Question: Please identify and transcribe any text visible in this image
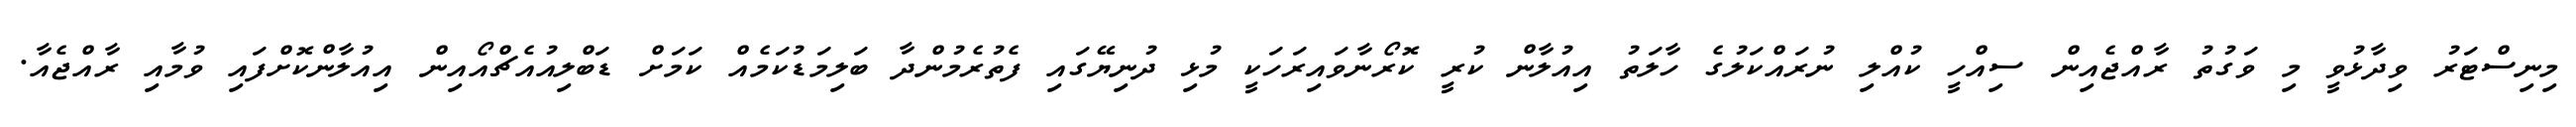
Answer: މިނިސްޓަރު ވިދާޅުވީ މި ވަގުތު ރާއްޖެއިން ސިއްހީ ކުއްލި ނުރައްކަލުގެ ހާލަތު އިއުލާން ކުރީ ކޮރޯނާވައިރަހަކީ މުޅި ދުނިޔޭގައި ފެތުރެމުންދާ ބަލިމަޑުކަމެއް ކަމަށް ޑަބްލިއުއެޗްއޯއިން އިއުލާންކޮށްފައި ވުމާއި ރާއްޖެއާ.